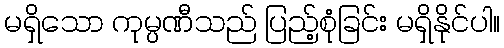
မရှိသော ကုမ္ပဏီသည် ပြည့်စုံခြင်း မရှိနိုင်ပါ။